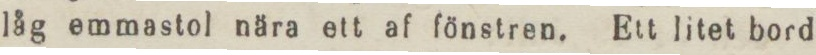
låg emmastol nära ett af fönstren. Ett litet bord